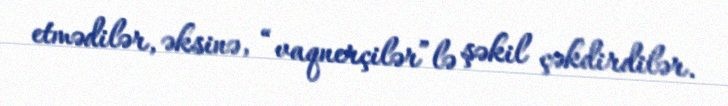
etmədilər, əksinə, “vaqnerçilər”lə şəkil çəkdirdilər.